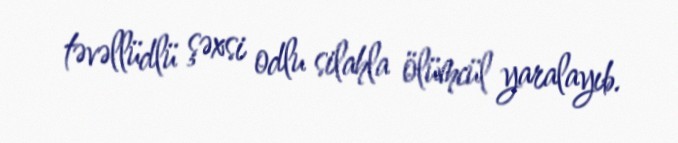
təvəllüdlü şəxsi odlu silahla ölümcül yaralayıb.